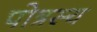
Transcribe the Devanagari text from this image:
पोत्रस्य